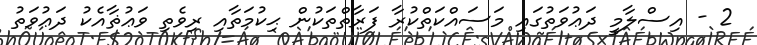
2 - އިސްލާމީ ދަޢުވަތުގައި މަސައްކަތްކުރާ ފަރާތްތަކުން ޙިކުމަތާއި ރިވެތި ވަޢުޡާއެކު ދަޢުވަތު